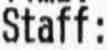
STAFF: